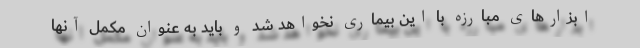
ابزارهای مبارزه با این بیماری نخواهد شد و باید به عنوان مکمل آنها